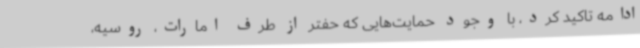
ادامه تاکید کرد، با وجود حمایت‌هایی که حفتر از طرف امارات، روسیه،